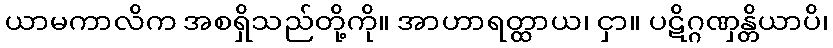
ယာမကာလိက အစရှိသည်တို့ကို။ အာဟာရတ္ထာယ၊ ငှာ။ ပဋိဂ္ဂဏှန္တိယာပိ၊